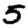
Digit: 5